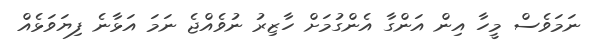
ނަމަވެސް މީހާ އިން އަންގާ އެންގުމަށް ހާޒިރު ނުވެއްޖެ ނަމަ އަޅާނެ ފިޔަވަޅެއް